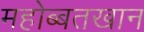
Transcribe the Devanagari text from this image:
महोब्बतखान